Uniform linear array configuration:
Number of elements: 8
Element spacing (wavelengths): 0.75
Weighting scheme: kaiser
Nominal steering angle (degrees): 15
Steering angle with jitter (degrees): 14.413
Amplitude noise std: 0.05
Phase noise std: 0.05

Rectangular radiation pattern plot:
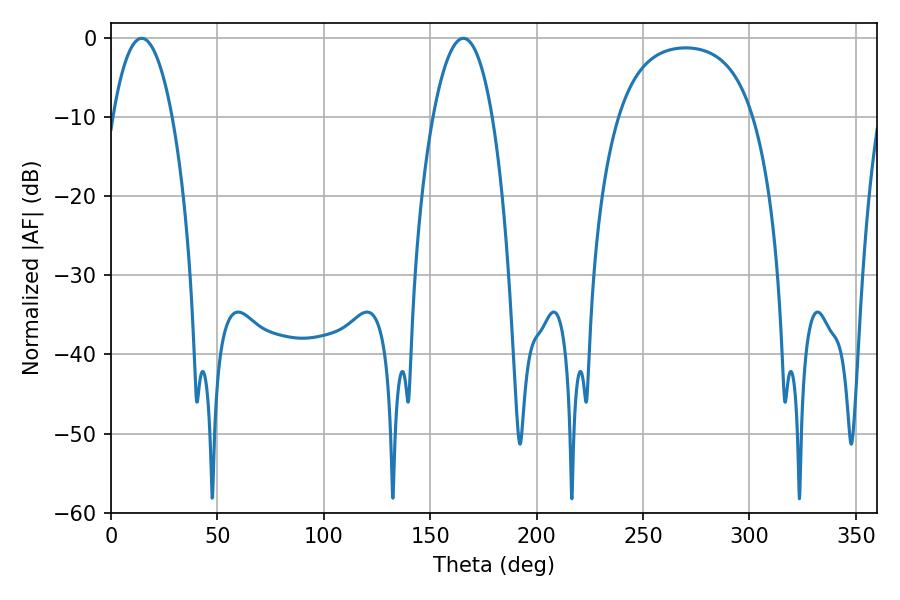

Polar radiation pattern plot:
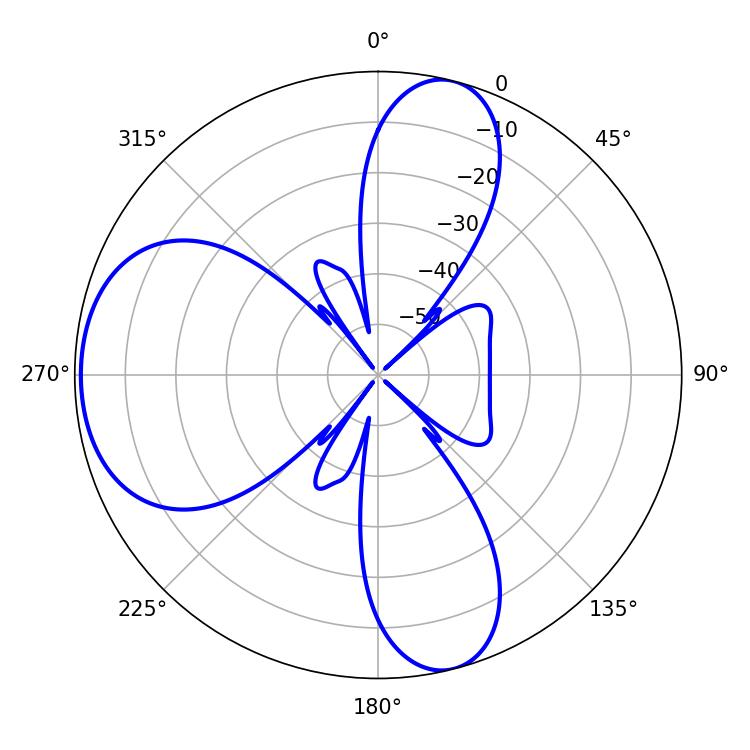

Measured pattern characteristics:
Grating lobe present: TRUE
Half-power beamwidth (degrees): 15.48
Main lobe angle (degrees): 14.4